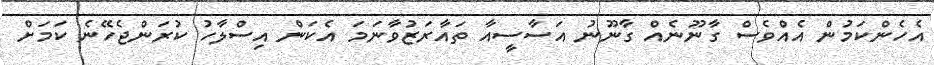
އެހެންކަމުން އެއްވެސް ގާނޫނެއް ގާނޫނު އަސާސީއާ ތައާރަޒުވާނަމަ އެކަން އިސްލާހު ކުރަންޖެހޭނެ ކަމަށް